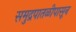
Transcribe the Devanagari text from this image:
समुद्रपातळीपासून